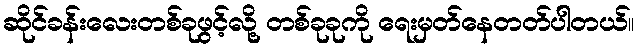
ဆိုင်ခန်းလေးတစ်ခုဖွင့်လို့ တစ်ခုခုကို ရေးမှတ်နေတတ်ပါတယ်။